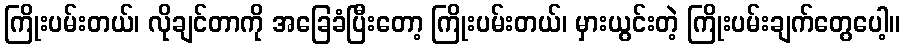
ကြိုးပမ်းတယ်၊ လိုချင်တာကို အခြေခံပြီးတော့ ကြိုးပမ်းတယ်၊ မှားယွင်းတဲ့ ကြိုးပမ်းချက်တွေပေါ့။